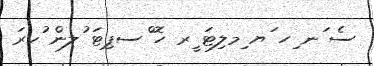
ސެ ަނ ިހ ަޔ ިމލިޓަ ީރ ހޮ ްސޕިޓަ ުލން ުކރަ